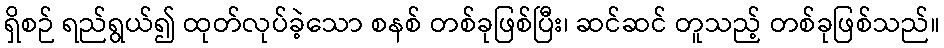
ရှိစဉ် ရည်ရွယ်၍ ထုတ်လုပ်ခဲ့သော စနစ် တစ်ခုဖြစ်ပြီး၊ ဆင်ဆင် တူသည့် တစ်ခုဖြစ်သည်။